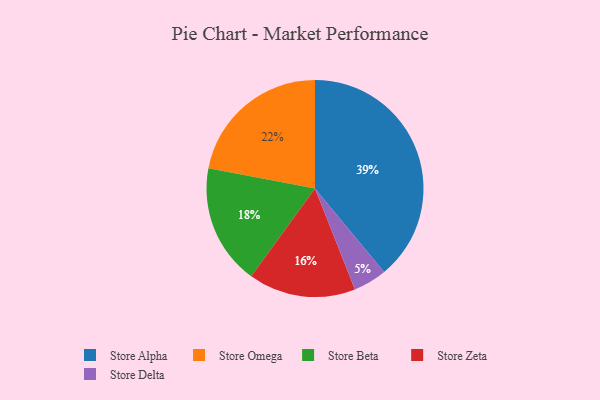
{"axis": {"x": "Category", "y": "Percentage"}, "legend": ["Store Alpha", "Store Beta", "Store Delta", "Store Omega", "Store Zeta"], "data": [{"x": "Store Zeta", "y": 16, "type": "Store Zeta"}, {"x": "Store Omega", "y": 22, "type": "Store Omega"}, {"x": "Store Delta", "y": 5, "type": "Store Delta"}, {"x": "Store Beta", "y": 18, "type": "Store Beta"}, {"x": "Store Alpha", "y": 39, "type": "Store Alpha"}]}